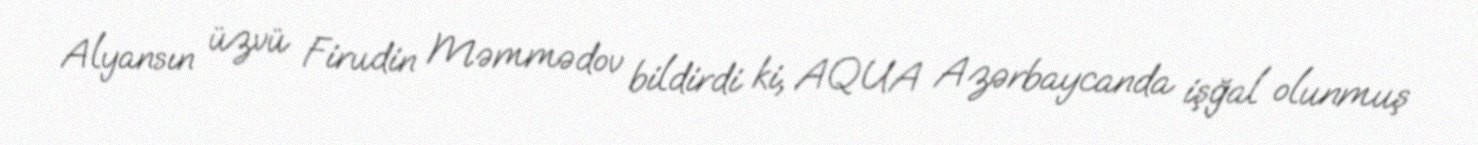
Alyansın üzvü Firudin Məmmədov bildirdi ki, AQUA Azərbaycanda işğal olunmuş